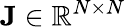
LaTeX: {\mathbf J}\in\mathbb{R}^{N\times N}